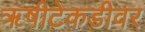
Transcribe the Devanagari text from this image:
ॠषीटेकडीवर